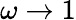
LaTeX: \omega\rightarrow 1